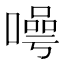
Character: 𭊯